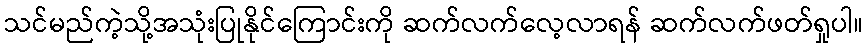
သင်မည်ကဲ့သို့အသုံးပြုနိုင်ကြောင်းကို ဆက်လက်လေ့လာရန် ဆက်လက်ဖတ်ရှုပါ။